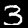
Digit: 3